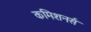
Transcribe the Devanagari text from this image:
कमिशनर्स